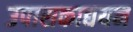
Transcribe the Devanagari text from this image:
उपासकाद्ययन